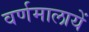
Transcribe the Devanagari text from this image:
वर्णमालायें